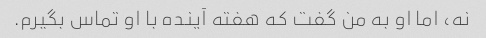
نه، اما او به من گفت که هفته آینده با او تماس بگیرم.